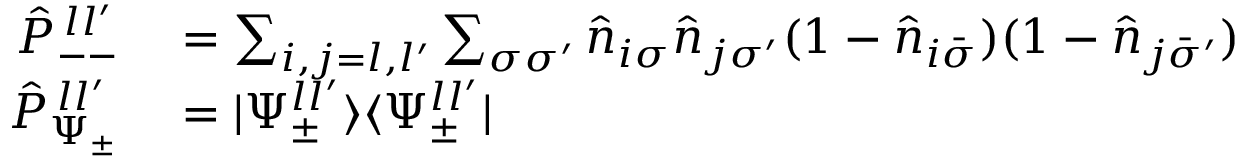
\begin{array} { r l } { \hat { P } _ { -- } ^ { \, l l ^ { \prime } } } & { { } = \sum _ { i , j = l , l ^ { \prime } } \sum _ { \sigma \sigma ^ { \prime } } \hat { n } _ { i \sigma } \hat { n } _ { j \sigma ^ { \prime } } ( 1 - \hat { n } _ { i \bar { \sigma } } ) ( 1 - \hat { n } _ { j \bar { \sigma } ^ { \prime } } ) } \\ { \hat { P } _ { \Psi _ { \pm } } ^ { \, l l ^ { \prime } } } & { { } = | \Psi _ { \pm } ^ { l l ^ { \prime } } \rangle \langle \Psi _ { \pm } ^ { l l ^ { \prime } } | } \end{array}